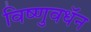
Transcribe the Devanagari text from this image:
विष्णुवधॅन